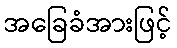
အခြေခံအားဖြင့်